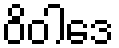
ဝိဝါဒေ